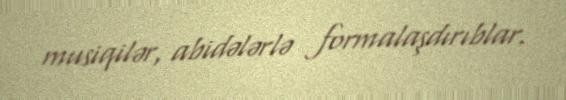
musiqilər, abidələrlə formalaşdırıblar.